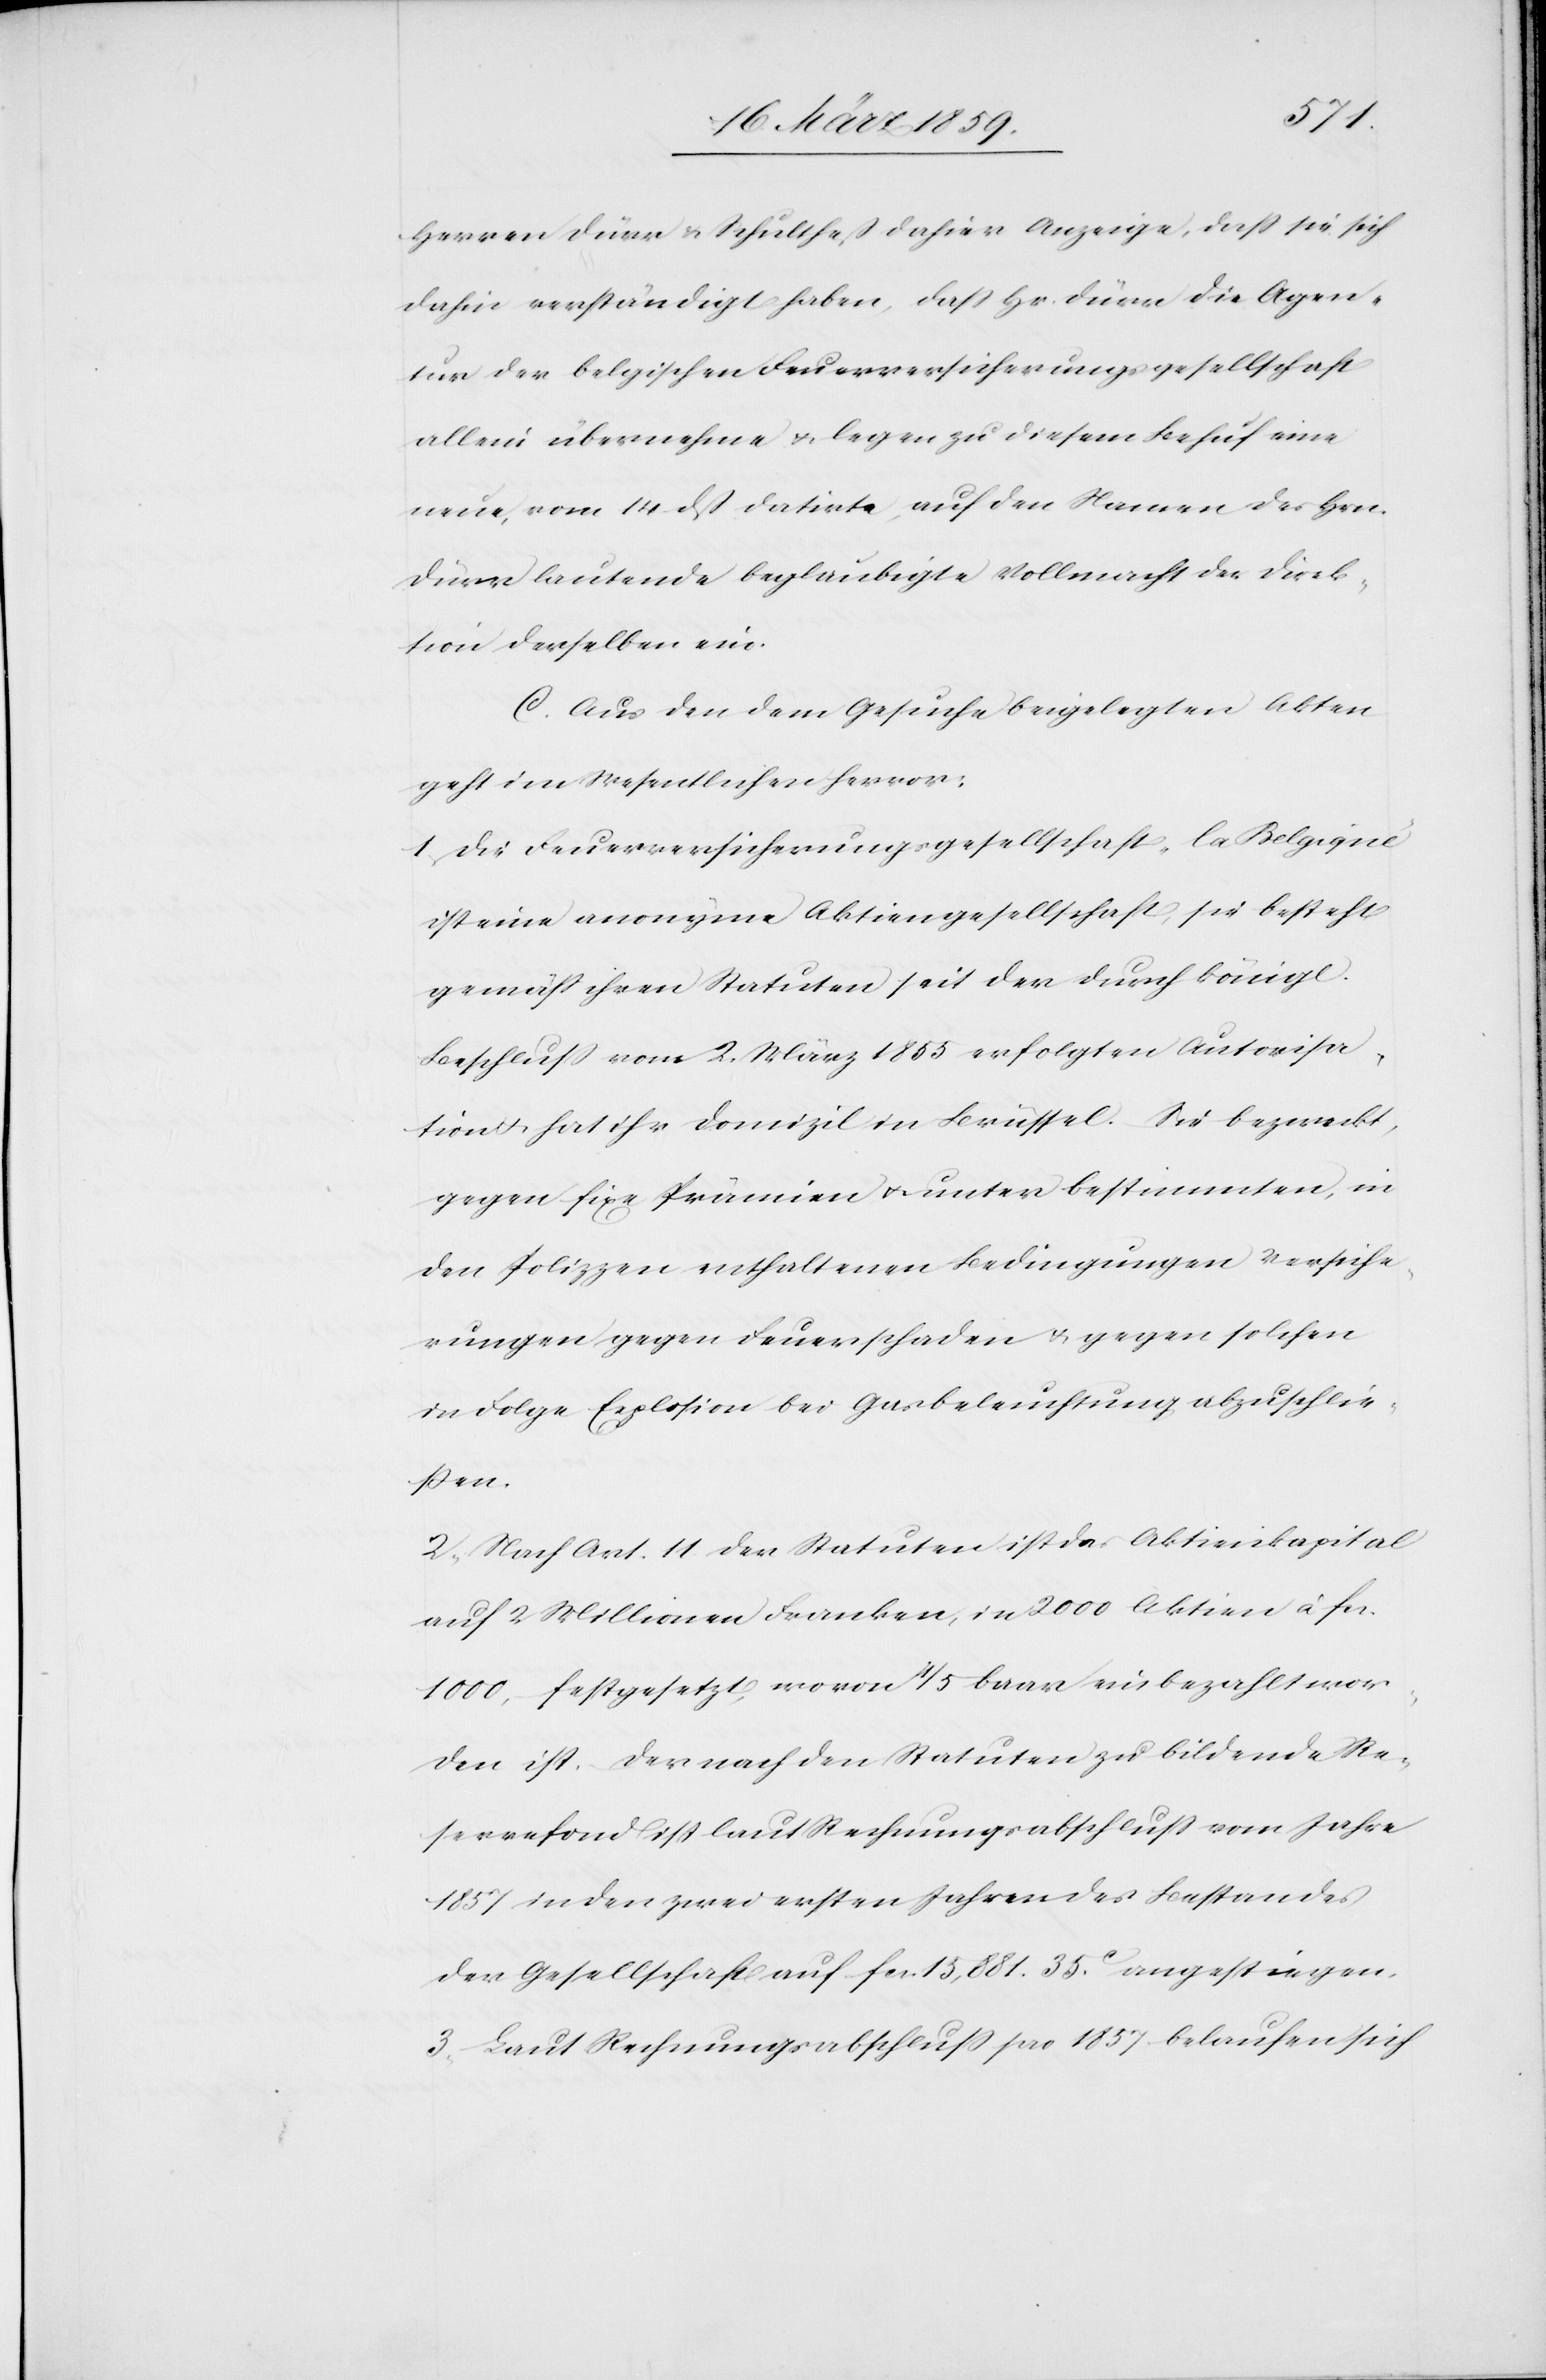
Herren Dürr & Schultheß dahier Anzeige, daß sie sich
dahin verständigt haben, daß Hr. Dürr die Agen¬
tur der belgischen Feuerversicherungsgesellschaft
allein übernehme u. legen zu diesem Behuf eine
neue, vom 14 dß datirte, auf den Namen des Hrn.
Dürr lautende beglaubigte Vollmacht der Direk¬
tion derselben ein.
C. Aus den dem Gesuche beigelegten Akten
geht im Wesentlichen hervor:
1) Die Feuerversicherungsgesellschaft „la Belgique“
ist eine anonyme Aktiengesellschaft, sie besteht
gemäß ihren Statuten seit der durch königl.
Beschluß vom 2. März 1855 erfolgten Autorisa¬
tion u. hat ihr Domizil in Brüssel. Sie bezweckt,
gegen fixe Prämien u. unter bestimmten, in
den Polizzen enthaltenen Bedingungen Versiche¬
rungen gegen Feuerschaden u. gegen solchen
in Folge Explosion bei Gasbeleuchtung abzuschlie¬
ßen.
2) Nach Art. 11 der Statuten ist das Aktienkapital
auf 2 Millionen Franken, in 2000 Aktien à fcs.
1000, festgesetzt, wovon 1/5 baar einbezahlt wor¬
den ist. Der nach den Statuten zu bildende Re¬
servefond ist laut Rechnungsabschluß vom Jahre
1857 in den zwei ersten Jahren des Bestandes
der Gesellschaft auf fcs. 15,881. 35c. angestiegen.
3) Laut Rechnungsabschluß pro 1857 belaufen sich